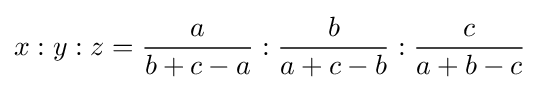
x:y:z={\frac {a}{b+c-a}}:{\frac {b}{a+c-b}}:{\frac {c}{a+b-c}}